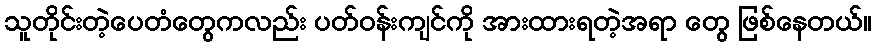
သူတိုင်းတဲ့ပေတံတွေကလည်း ပတ်ဝန်းကျင်ကို အားထားရတဲ့အရာ တွေ ဖြစ်နေတယ်။